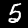
Digit: 5